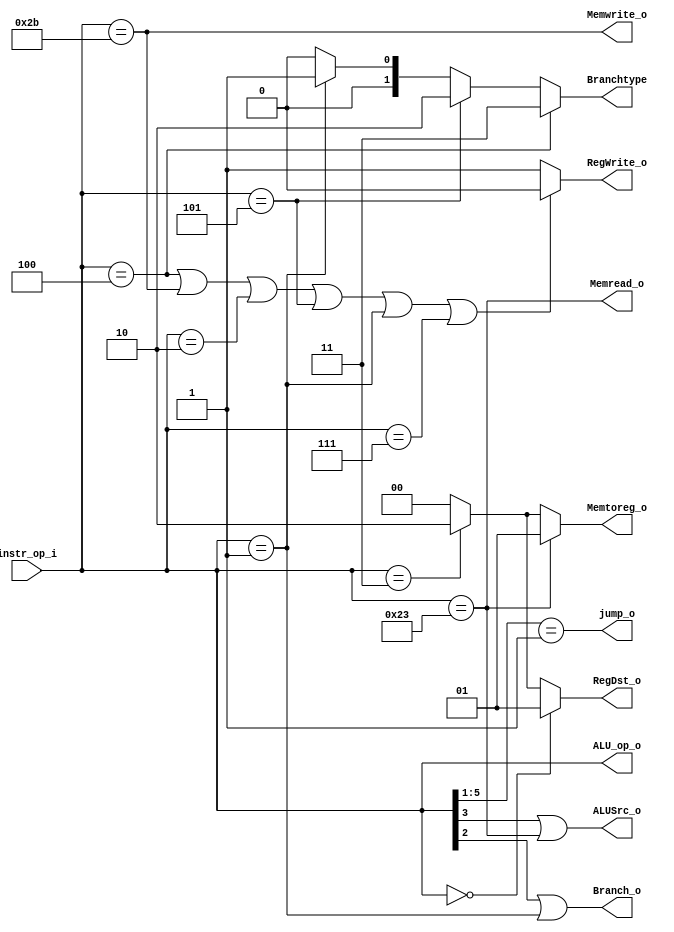
//Subject:     CO project 2 - Decoder
//--------------------------------------------------------------------------------
//Version:     1
//--------------------------------------------------------------------------------
//Writer:      Luke
//----------------------------------------------
//----------------------------------------------
//Description: 
//--------------------------------------------------------------------------------

module Decoder(
    instr_op_i,
	RegWrite_o,
	ALU_op_o,
	ALUSrc_o,
	RegDst_o,
	Branch_o,
	Branchtype,
	Memread_o,
	Memwrite_o,
	Memtoreg_o,
	jump_o
	);
     
//I/O ports
input  [6-1:0] instr_op_i;

output         RegWrite_o;
output [5:0] ALU_op_o;
output         ALUSrc_o;
output [1:0]   RegDst_o;
output         Branch_o;
output [1:0]   Branchtype;
output  	   Memread_o;
output  	   Memwrite_o;
output [1:0]   Memtoreg_o;
output  	   jump_o;
 
//Internal Signals
/*
reg    [4-1:0] ALU_op_o;
reg            ALUSrc_o;
reg            RegWrite_o;
reg    [1:0]   RegDst_o;
reg            Branch_o;
reg  	  	   Memread_o;
reg  	       Memwrite_o;
reg  	[1:0]  Memtoreg_o;
reg  	       jump_o;
*/
//Parameter
assign ALU_op_o=instr_op_i[5:0];
assign	Branch_o=instr_op_i[2] | (instr_op_i == 6'b000001);
assign  Branchtype=(instr_op_i == 6'b000100) ? 2'b11 : ((instr_op_i == 6'b000101) ? 2'b10 : ((instr_op_i == 6'b000001) ? 2'b01 : 2'b00));
//assign  Branchtype=(instr_op_i == 6'b000100) ? 2'b11 : ((instr_op_i == 6'b000101) ? 2'b10 : ((instr_op_i == 6'b000001) ?2'b01 : 2'b00));
assign	ALUSrc_o=(instr_op_i[3] == 1 || instr_op_i == 6'b100011) ;
assign	RegWrite_o= (instr_op_i == 6'b000100 || instr_op_i == 6'b101011 || instr_op_i == 6'b000010 || instr_op_i == 6'b000101 || instr_op_i == 6'b000001 || instr_op_i == 6'b000111) ? 1'b0: 1'b1; 
assign	Memtoreg_o=(instr_op_i == 6'b100011) ? 2'd1 :((instr_op_i == 6'b000011)? 2'd2: 2'd0);
assign	RegDst_o=(instr_op_i == 0) ? 2'd1 :((instr_op_i == 6'b000011) ? 2'd2 : 2'd0);
assign	Memread_o=(instr_op_i == 6'b100011);
assign	Memwrite_o=(instr_op_i == 6'b101011);
assign	jump_o=(instr_op_i[5:1] == 5'b00001);

//Main function

endmodule